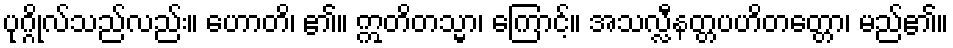
ပုဂ္ဂိုလ်သည်လည်း။ ဟောတိ၊ ၏။ ဣတိတသ္မာ၊ ကြောင့်။ အသလ္လီနတ္တပဟိတတ္တော၊ မည်၏။